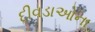
દીવડાઓના